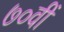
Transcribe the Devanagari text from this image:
७०वीं